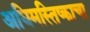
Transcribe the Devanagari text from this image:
अधिमस्तिष्काचा